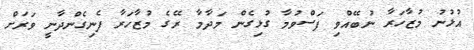
އުޅުނު މުޒާހަރާ ނުބޭއްވި ފަސްވުމާ ގުޅިގެން މަދާމާ ރޭގެ މުޒާހަރާ ފެނިގެންދާނީ ވަރަށް